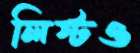
লিস্টও